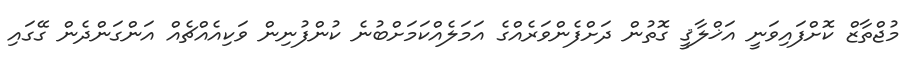
މުޖްތާޒް ކޮށްފައިވަނީ އަޚްލާޤީ ގޮތުން ދަށްފެންވަރެއްގެ އަމަލެއްކަމަށްބުނެ ކުންފުނިން ވަކިއެއްޗެއް އަންގަންދެން ގޭގައި